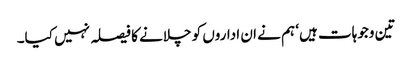
تین وجوہات ہیں‘ ہم نے ان اداروں کو چلانے کا فیصلہ نہیں کیا۔